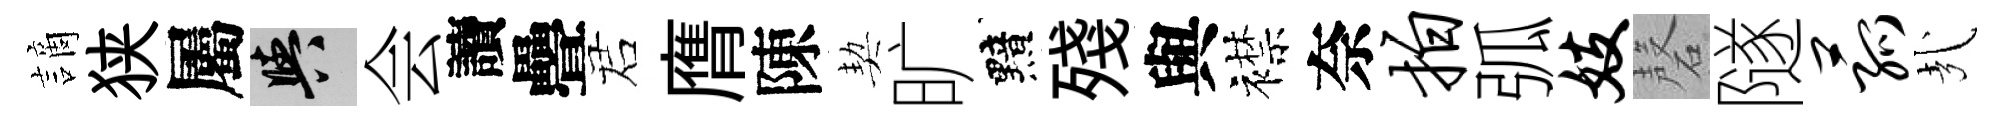
謫狭屬阳会讀疊诺膺陳契旷黯殘與襟奈拍弧妓磬隧菰㢤